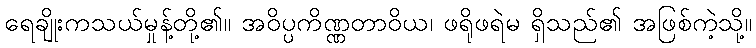
ရေချိုးကသယ်မှုန့်တို့၏။ အဝိပ္ပကိဏ္ဏတာဝိယ၊ ဖရိုဖရဲမ ရှိသည်၏ အဖြစ်ကဲ့သို့။